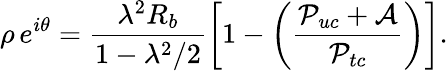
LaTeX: \rho\, e^{i\theta}=\frac{\lambda^{2}R_{b}}{1-\lambda^{2}/2}\left[1-\left(\frac{{\cal P}_{uc}+{\cal A}}{{\cal P}_{tc}}\right)\right].